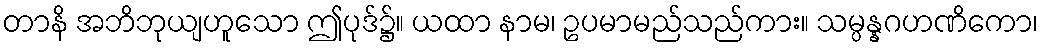
တာနိ အဘိဘုယျဟူသော ဤပုဒ်၌။ ယထာ နာမ၊ ဥပမာမည်သည်ကား။ သမ္ပန္နဂဟဏိကော၊